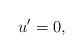
LaTeX: \begin{align*}u'=0 , \end{align*}